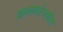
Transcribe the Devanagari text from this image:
कल्ल्यांपर्यंत